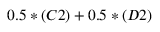
0 . 5 * ( C 2 ) + 0 . 5 * ( D 2 )